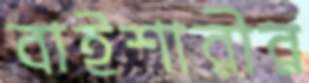
বাইশারীর